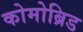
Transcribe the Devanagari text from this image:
कोमोब्रिड